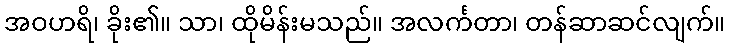
အဝဟရိ၊ ခိုး၏။ သာ၊ ထိုမိန်းမသည်။ အလင်္ကတာ၊ တန်ဆာဆင်လျက်။